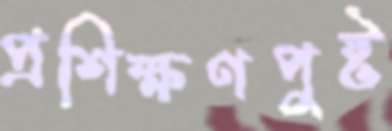
প্রশিক্ষণপুষ্ট